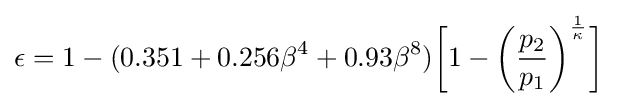
\epsilon =1-(0.351+0.256\beta ^{4}+0.93\beta ^{8}){\bigg [}1-{\bigg (}{\frac {p_{2}}{p_{1}}}{\bigg )}^{\frac {1}{\kappa }}{\bigg ]}